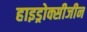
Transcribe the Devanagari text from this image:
हाइड्रोक्सीजीन